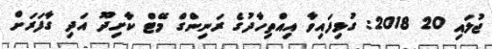
ޖުލައި 20 2018: ގުޅިފައިވާ އިއްތިހާދުގެ ރަނިންގް މޭޓް ކާށިދޫ އަދި ގާފަރަށް